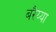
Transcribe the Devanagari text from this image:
बरैय्या